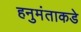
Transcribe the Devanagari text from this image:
हनुमंताकडे